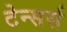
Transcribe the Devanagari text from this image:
टेन्सर्स